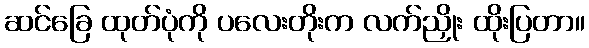
ဆင်ခြေ ထုတ်ပုံကို ပလေးတိုးက လက်ညှိုး ထိုးပြတာ။